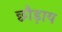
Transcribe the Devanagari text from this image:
छौड़ाय